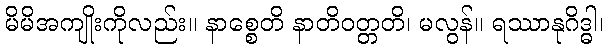
မိမိအကျိုးကိုလည်း။ နာစ္စေတိ နာတိဝတ္တတိ၊ မလွန်။ ရဿာနုဂိဒ္ဓါ၊